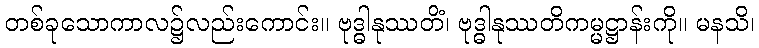
တစ်ခုသောကာလ၌လည်းကောင်း။ ဗုဒ္ဓါနုဿတိံ၊ ဗုဒ္ဓါနုဿတိကမ္မဋ္ဌာန်းကို။ မနသိ၊